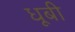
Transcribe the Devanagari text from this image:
धूबी